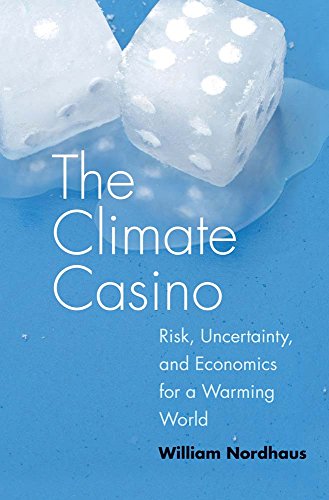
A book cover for The Climate Casino: Risk, Uncertainty, and Economics for a Warming World; William D. Nordhaus; Science & Math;